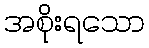
အစိုးရသော